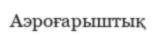
Аэроғарыштық